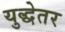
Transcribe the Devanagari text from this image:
युद्धेतर